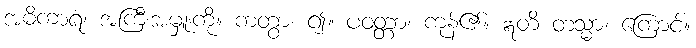
အဓိကာရံ၊ အကြီးအမှူးကို။ ကတွာ၊ ၍။ ပဝတ္တာ၊ ကုန်၏။ ဣတိ တသ္မာ၊ ကြောင့်။